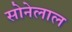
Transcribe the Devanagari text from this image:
सोनेलाल